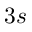
3 s